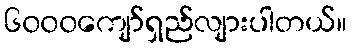
၆၀၀၀ကျော်ရှည်လျားပါတယ်။